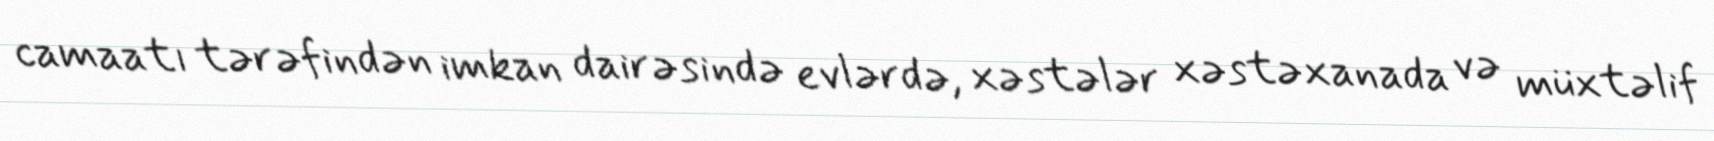
camaatı tərəfindən imkan dairəsində evlərdə, xəstələr xəstəxanada və müxtəlif